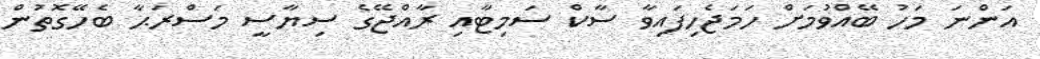
އަންނަ މަހު ބޭއްވުމަށް ހަމަޖެހިފައިވާ ސާކް ސަމިޓާއި ރާއްޖޭގެ ސިޔާސީ މަސްރަޙާ ބެހޭގޮތުން